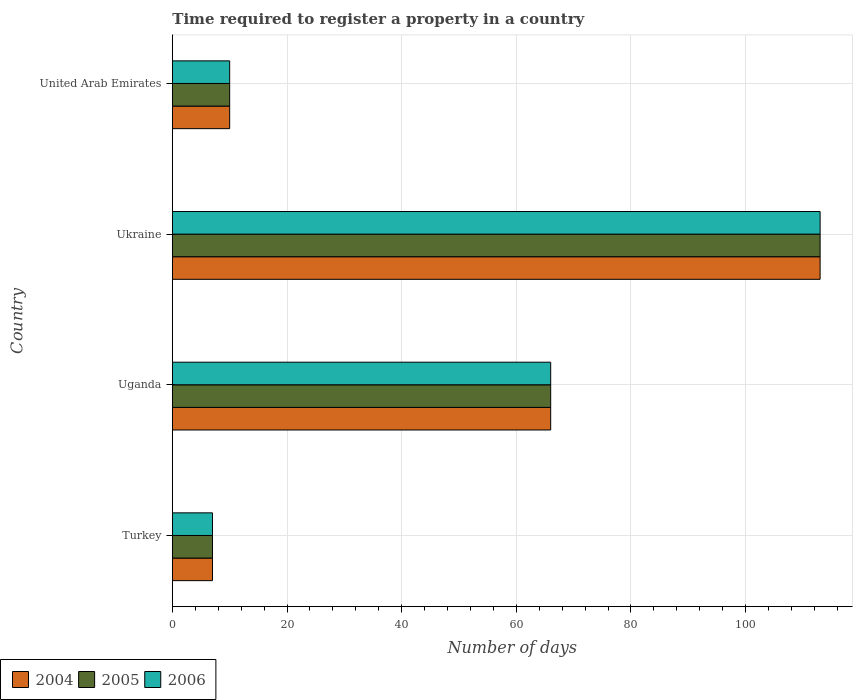
| Country | 2004 | 2005 | 2006 |
 | --- | --- | --- | --- |
 | Turkey | 7 | 7 | 7 |
 | Uganda | 66 | 66 | 66 |
 | Ukraine | 113 | 113 | 113 |
 | United Arab Emirates | 10 | 10 | 10 |